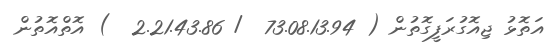
އަތޮޅު ޖިއޮގުރަފީގޮތުން ( 73.08.13.94  / 2.21.43.86  ) އޮތްއޮތުން